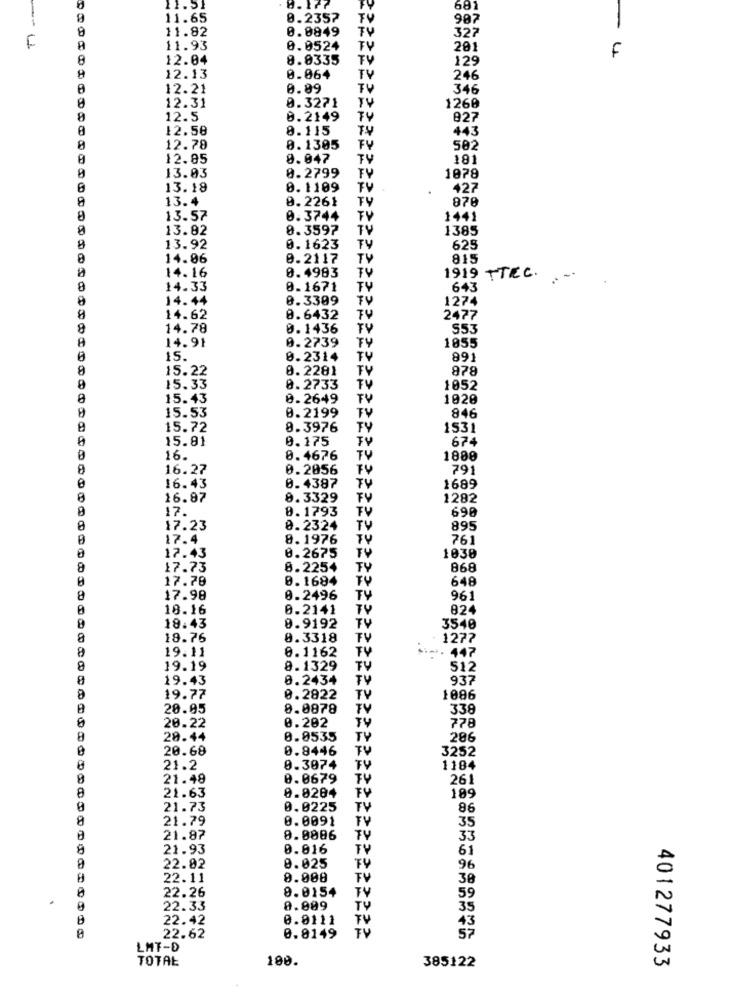
11.51
8.177
681
11.65
0.2357
987
8
11.82
0.0849
TV
-
327
F
11.93
0.0524
201
8
12.04
8.8335
TV
129
F
TV
12.13
0.064
246
12.21
0.89
346
8
12.31
0.3271
1260
12.5
0.2149
827
12.58
0.115
TU
443
12.78
0.1305
502
0
12.85
0.047
TY
181
13.03
8.2799
1078
13.18
0.1109
427
13.4
8.2261
878
8
13.57
0.3744
TV
1441
13.82
8.3597
TV
1385
8
13.92
0.1623
TV
625
14.06
0.2117
TV
815
0.4983
TV
14.16
1919 TTEC.
8
14.33
0.1671
643
8
14.44
0.3309
TV
1274
14.62
8.6432
2477
8
14.78
0.1436
TV
553
14.91
0.2739
1055
0
15.
0.2314
TY
891
15.22
0.2281
TY
878
TU
0
15.33
0.2733
1052
15.43
0.2649
TV
1020
8
15.53
TV
0.2199
846
15.72
8.3976
TY
1531
15.81
0.175
674
0
16.
0.4676
TV
1800
16.27
0.2056
791
16.43
0.4387
1689
16.87
8.3329
FV
1282
17.
0.1793
TV
690
0
17.23
0.2324
TV
895
17.4
8.1976
TV
76
TU
1038
0
17.43
0.2675
8
17.73
8.2254
868
17.78
0.1684
TU
648
8
17.98
0.2496
TY
961
0
18.16
0.2141
TY
824
TV
18.43
0.9192
3540
8
18.76
0.3318
TV
127?
8
19.11
0.1162
TV
i -. 447
8
19.19
8.1329
TV
512
8
19.43
0.2434
TY
937
8
19.77
0.2822
TV
1086
20.05
0.0878
TV
338
0.202
TY
778
20.22
8
28.44
0.0535
TV
286
0
20.68
0.8446
TV
3252
0
21.2
0.3074
1184
21.49
0.0679
261
0.0284
189
8
21.63
FV
0
21.73
0.0225
TV
86
8
21.79
0.0091
35
21.87
8.0886
TY
33
8
21.93
0.016
TV
61
8.025
TY
22.02
96
22.11
8.008
TV
30
22.26
8.0154
TV
59
22.33
0.009
TY
35
22.42
0.0111
TV
43
TV
57
22.62
0.8149
LMT-D
TOTAL
100.
385122
401277933